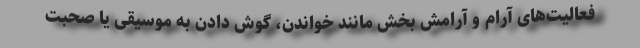
فعالیت‌های آرام و آرامش بخش مانند خواندن، گوش دادن به موسیقی یا صحبت